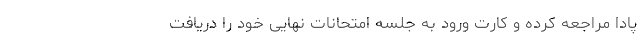
پادا مراجعه کرده و کارت ورود به جلسه امتحانات نهایی خود را دریافت